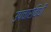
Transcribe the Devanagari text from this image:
उपचारविधी